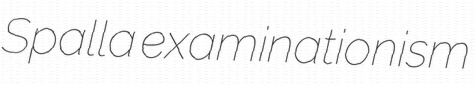
Spalla examinationism